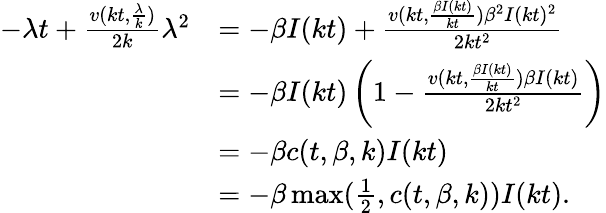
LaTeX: \begin{array}{rl}{-\lambda t+\frac{v(kt,\frac{\lambda}{k})}{2k}\lambda^{2}}&{=-{\beta I(kt)}+\frac{v(kt,\frac{\beta I(kt)}{kt})\beta^{2}I(kt)^{2}}{2kt^{2}}}\\ &{=-\beta I(kt)\left(1-\frac{v(kt,\frac{\beta I(kt)}{kt})\beta I(kt)}{2kt^{2}}\right)}\\ &{=-\beta c(t,\beta,k)I(kt)}\\ &{=-\beta\operatorname*{max}(\frac{1}{2},c(t,\beta,k))I(kt).}\end{array}